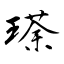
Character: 瑹